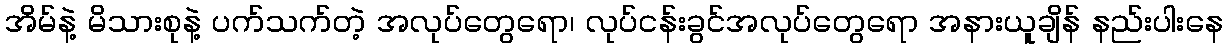
အိမ်နဲ့ မိသားစုနဲ့ ပက်သက်တဲ့ အလုပ်တွေရော၊ လုပ်ငန်းခွင်အလုပ်တွေရော အနားယူချိန် နည်းပါးနေ